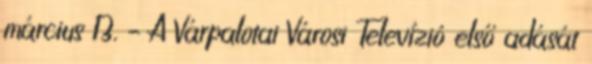
március 13. – A Várpalotai Városi Televízió első adását